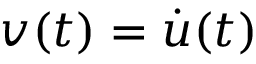
v ( t ) = \dot { u } ( t )